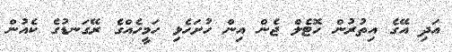
އަދި އޭގެ އިތުރުން ހޮޓެލް ޖެން އިން ހުށަހެޅި ހަމީހެއްގެ ރޭގަނޑުގެ ކެއުން